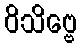
ဝိသိဗ္ဗေ